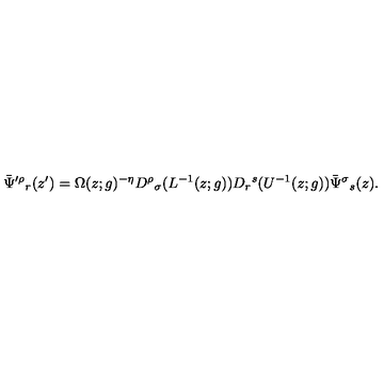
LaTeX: \bar { \Psi } ^ { \prime \rho } { } _ { r } ( z ^ { \prime } ) = \Omega ( z ; g ) ^ { - \eta } D ^ { \rho } { } _ { \sigma } ( L ^ { - 1 } ( z ; g ) ) D _ { r } { } ^ { s } ( U ^ { - 1 } ( z ; g ) ) \bar { \Psi } ^ { \sigma } { } _ { s } ( z ) .